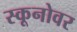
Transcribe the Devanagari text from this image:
स्कूनोवर